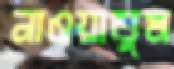
নাওয়াতুম